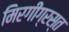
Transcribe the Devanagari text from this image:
मिरगीग्रस्त